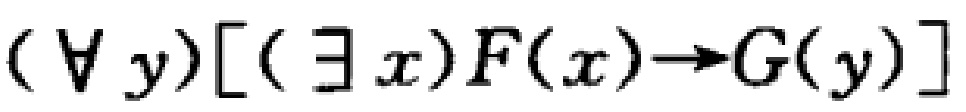
\((\forall y)[(\exists x)F(x)\to G(y)]\)